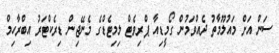
ސަން އަށް މައުލޫމާތު ދެއްވަމުން ގޯމީޑިއާ ޕްރިވެޓް ލިމިޓެޑްގެ މެނޭޖިން ޑިރެކްޓަރު އިބްރާހިމް